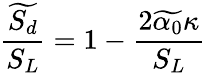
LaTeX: \frac{\widetilde{S_{d}}}{S_{L}}=1-\frac{2\widetilde{\alpha_{0}}\kappa}{S_{L}}